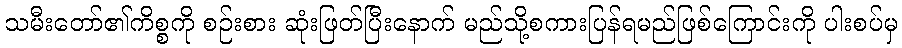
သမီးတော်၏ကိစ္စကို စဉ်းစား ဆုံးဖြတ်ပြီးနောက် မည်သို့စကားပြန်ရမည်ဖြစ်ကြောင်းကို ပါးစပ်မှ